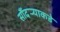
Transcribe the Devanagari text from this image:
सौंदर्‍याकडे